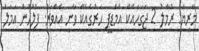
މާރިޔާ: ރުމާލު 2 ޖަގަހައެކޭ އެމްޑީޕީ ހަރުގެއެކޭ ވާނީ އެއްވަރު. ފުލުހުން އަމަލު